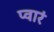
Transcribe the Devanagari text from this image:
प्वारं